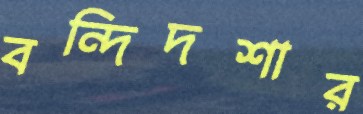
বন্দিদশার